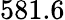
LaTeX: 581.6